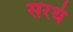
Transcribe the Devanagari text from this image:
सरथं